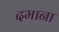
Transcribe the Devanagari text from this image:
दमाना